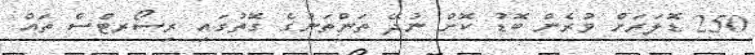
250 ޑޮލަރަށް ވުރެން ބޮޑު ކޮށް ނުދޭ ތަންތަނުގެ ގޮތުގައި ރިސޯރޓްސް ތައް